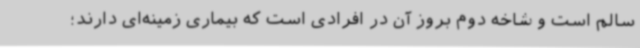
سالم است و شاخه دوم بروز آن در افرادی است که بیماری زمینه‌ای دارند؛